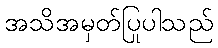
အသိအမှတ်ပြုပါသည်